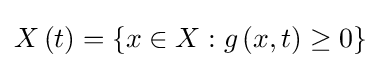
X\left(t\right)=\left\{x\in X:g\left(x,t\right)\geq 0\right\}